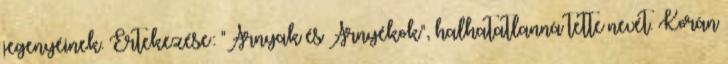
jegenyéinek. Értekezése: "Árnyak és Árnyékok", halhatatlanná tette nevét. Korán